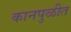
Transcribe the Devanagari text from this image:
कानपुळीत